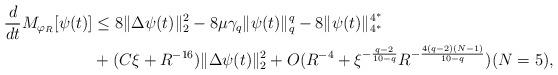
LaTeX: \begin{align*}\frac{d}{dt}M_{\varphi_{R}}[\psi(t)]&\leq8\|\Delta\psi(t)\|_{2}^{2}-8\mu\gamma_{q}\|\psi(t)\|_{q}^{q}-8\|\psi(t)\|_{4^*}^{4^*}\\&+(C\xi+R^{-16})\|\Delta\psi(t)\|^{2}_{2}+O(R^{-4}+\xi^{-\frac{q-2}{10-q}}R^{-\frac{4(q-2)(N-1)}{10-q}})(N = 5),\end{align*}